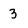
Character: 3